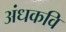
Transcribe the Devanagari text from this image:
अंधकवि